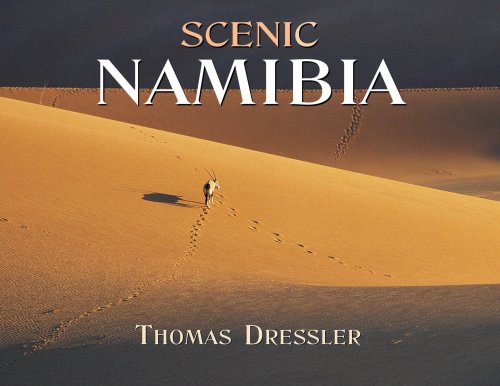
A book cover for Scenic Namibia; Thomas Dressler; Travel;